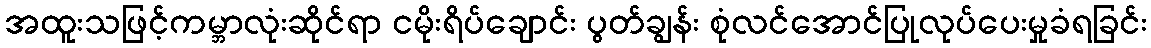
အထူးသဖြင့်ကမ္ဘာလုံးဆိုင်ရာ ငမိုးရိပ်ချောင်း ပွတ်ချွန်း စုံလင်အောင်ပြုလုပ်ပေးမှုခံရခြင်း